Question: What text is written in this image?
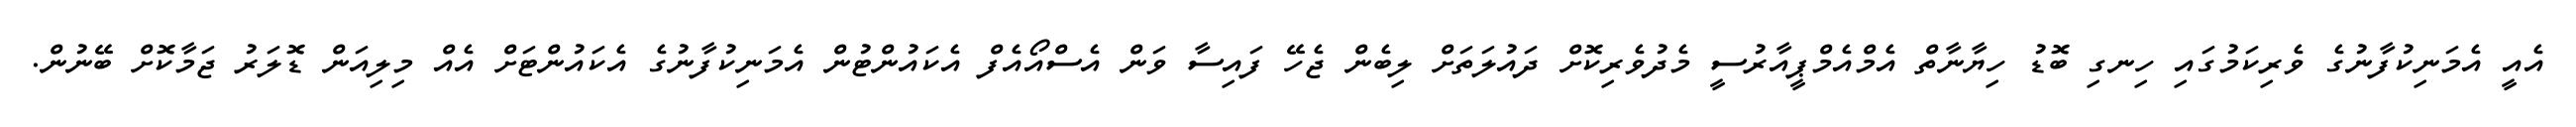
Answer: އެއީ އެމަނިކުފާނުގެ ވެރިކަމުގައި ހިނގި ބޮޑު ހިޔާނާތް އެމްއެމްޕީއާރުސީ މެދުވެރިކޮށް ދައުލަތަށް ލިބެން ޖެހޭ ފައިސާ ވަން އެސްއޯއެފް އެކައުންޓުން އެމަނިކުފާނުގެ އެކައުންޓަށް އެއް މިލިއަން ޑޮލަރު ޖަމާކޮށް ބޭނުން.